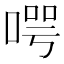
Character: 㗁